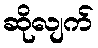
ဆိုလျက်